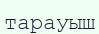
тарауыш